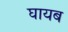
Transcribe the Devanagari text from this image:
घायब